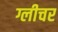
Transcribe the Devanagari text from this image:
ग्लीचर